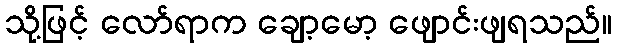
သို့ဖြင့် လော်ရာက ချော့မော့ ဖျောင်းဖျရသည်။